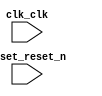

module nios_system (
	clk_clk,
	reset_reset_n);	

	input		clk_clk;
	input		reset_reset_n;
endmodule